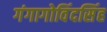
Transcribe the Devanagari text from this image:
गंगागोविंदसिंह